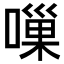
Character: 𠻥